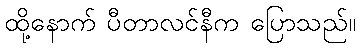
ထို့နောက် ပီတာလင်နီက ပြောသည်။